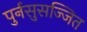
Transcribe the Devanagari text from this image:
पुर्नसुसज्जित